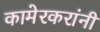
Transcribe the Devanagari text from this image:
कामेरकरांनी